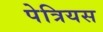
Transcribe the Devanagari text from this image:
पेत्रियस